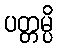
ပတ္တမ္ပိ